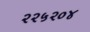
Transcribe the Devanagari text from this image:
२२५२०४